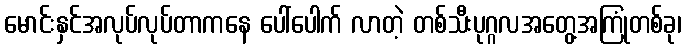
မောင်းနှင်အလုပ်လုပ်တာကနေ ပေါ်ပေါက် လာတဲ့ တစ်သီးပုဂ္ဂလအတွေ့အကြုံတစ်ခု၊